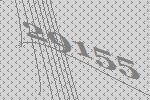
29155